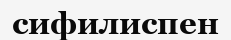
сифилиспен